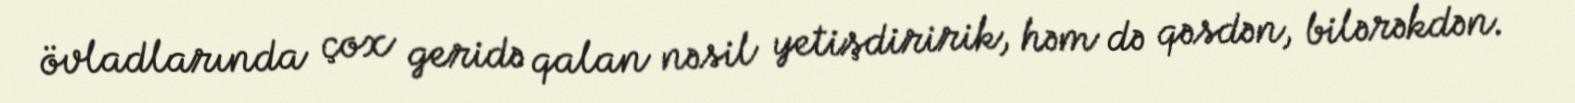
övladlarında çox geridə qalan nəsil yetişdiririk, həm də qəsdən, bilərəkdən.